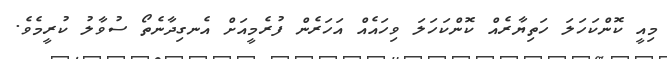
މިއީ ކޮންކަހަލަ ހަތިޔާރެއް ކޮންކަހަލަ ވިހައެއް އަހަރެން ފުރެމީއަށް އެނގިދާނެތޯ ސުވާލު ކުރީމެވެ.